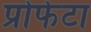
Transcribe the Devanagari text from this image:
प्रोफेटा